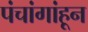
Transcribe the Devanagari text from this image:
पंचांगांहून